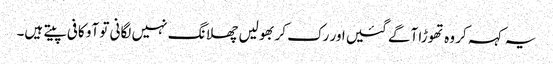
یہ کہہ کر وہ تھوڑا آگے گئیں اور رک کر بھولیں چھلانگ نہیں لگانی تو آو کافی پیتے ہیں۔